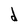
Character: d